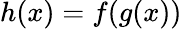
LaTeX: h(x)=f(g(x))